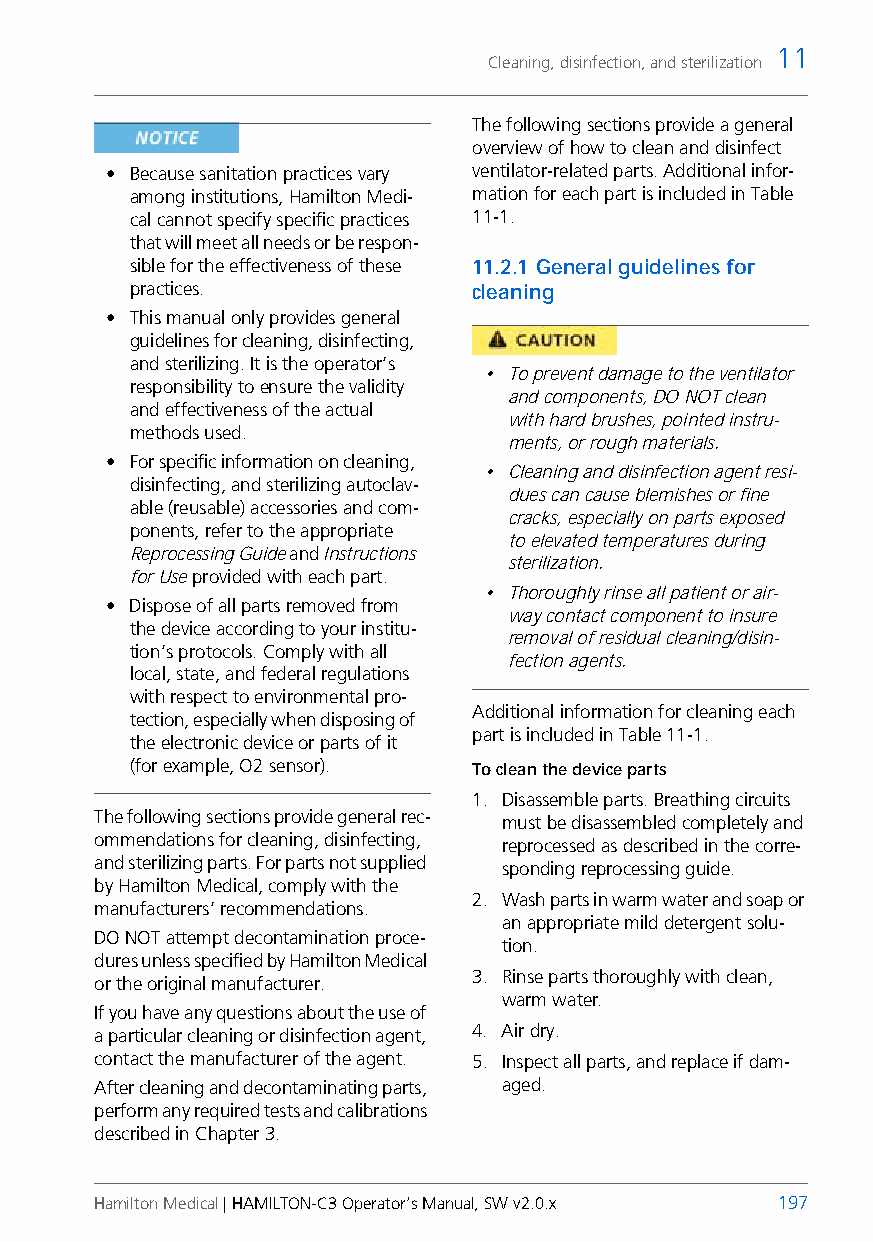
11
 Cleaning, disinfection, and sterilization
 The following sections provide a general
 overview of how to clean and disinfect
 • Because sanitation practices vary ventilator-related parts. Additional infor-
 among institutions, Hamilton Medi- mation for each part is included in Table
 cal cannot specify specific practices 11-1.
 that will meet all needs or be respon-
 sible for the effectiveness of these 11.2.1 General guidelines for
 practices.            cleaning
 • This manual only provides general
 guidelines for cleaning, disinfecting,
 and sterilizing. It is the operator’s
 • To prevent damage to the ventilator
 responsibility to ensure the validity
 and components, DO NOT clean
 and effectiveness of the actual
 with hard brushes, pointed instru-
 methods used.
 ments, or rough materials.
 • For specific information on cleaning,
 • Cleaning and disinfection agent resi-
 disinfecting, and sterilizing autoclav-
 dues can cause blemishes or fine
 able (reusable) accessories and com-
 cracks, especially on parts exposed
 ponents, refer to the appropriate
 to elevated temperatures during
 Reprocessing Guide and Instructions
 sterilization.
 for Use provided with each part.
 • Thoroughly rinse all patient or air-
 • Dispose of all parts removed from
 way contact component to insure
 the device according to your institu-
 removal of residual cleaning/disin-
 tion’s protocols. Comply with all
 fection agents.
 local, state, and federal regulations
 with respect to environmental pro-
 Additional information for cleaning each
 tection, especially when disposing of
 part is included in Table 11-1.
 the electronic device or parts of it
 (for example, O2 sensor). To clean the device parts
 1. Disassemble parts. Breathing circuits
 The following sections provide general rec- must be disassembled completely and
 ommendations for cleaning, disinfecting, reprocessed as described in the corre-
 and sterilizing parts. For parts not supplied sponding reprocessing guide.
 by Hamilton Medical, comply with the
 2. Wash parts in warm water and soap or
 manufacturers’ recommendations.
 an appropriate mild detergent solu-
 DO NOT attempt decontamination proce-
 tion.
 dures unless specified by Hamilton Medical
 3. Rinse parts thoroughly with clean,
 or the original manufacturer.
 warm water.
 If you have any questions about the use of
 a particular cleaning or disinfection agent, 4. Air dry.
 contact the manufacturer of the agent. 5. Inspect all parts, and replace if dam-
 After cleaning and decontaminating parts, aged.
 perform any required tests and calibrations
 described in Chapter 3.
 Hamilton Medical | HAMILTON-C3 Operator’s Manual, SW v2.0.x 197